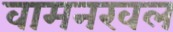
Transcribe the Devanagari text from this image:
वामनखल